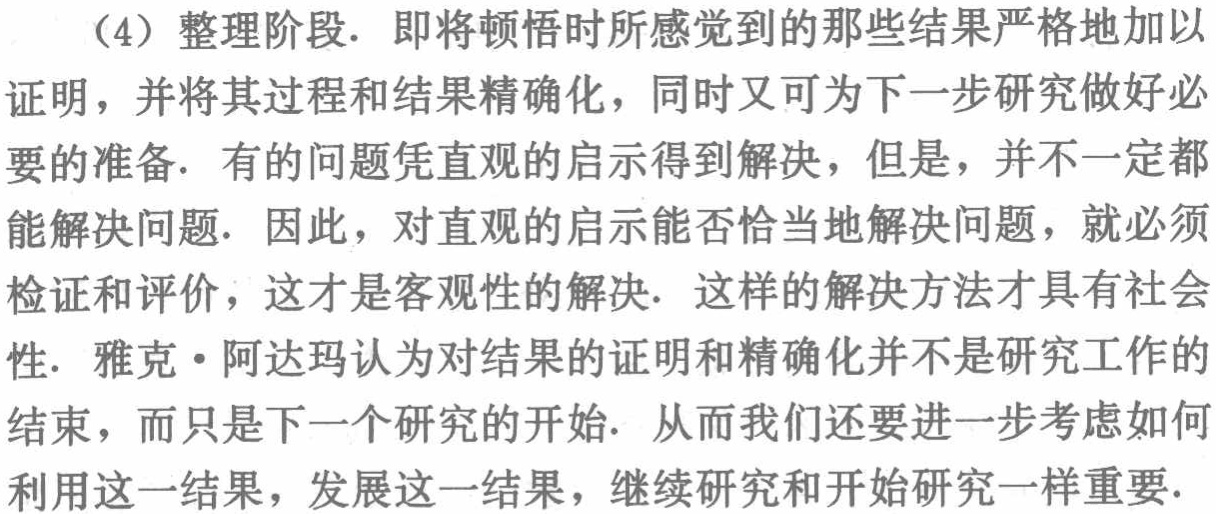
（4）整理阶段. 即将顿悟时所感觉到的那些结果严格地加以证明，并将其过程和结果精确化，同时又可为下一步研究做好必要的准备. 有的问题凭直观的启示得到解决，但是，并不一定都能解决问题. 因此，对直观的启示能否恰当地解决问题，就必须检证和评价，这才是客观性的解决. 这样的解决方法才具有社会性. 雅克・阿达玛认为对结果的证明和精确化并不是研究工作的结束，而只是下一个研究的开始. 从而我们还要进一步考虑如何利用这一结果，发展这一结果，继续研究和开始研究一样重要.